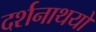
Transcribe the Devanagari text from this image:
दर्शनाथयों